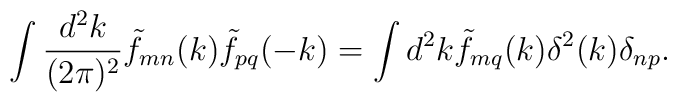
\int\frac{d^2k}{(2\pi)^2}\tilde{f}_{mn}(k)\tilde{f}_{pq}(-k)  =\int d^2k\tilde{f}_{mq}(k)\delta^2(k)\delta_{np} .